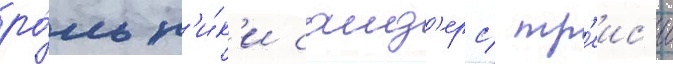
ро́ль н'и́к'и санд'ерс/ тр'еис'и